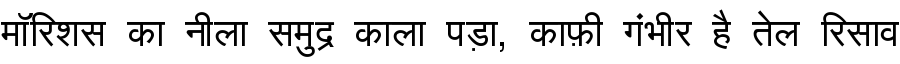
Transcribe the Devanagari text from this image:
मॉरिशस का नीला समुद्र काला पड़ा, काफ़ी गंभीर है तेल रिसाव